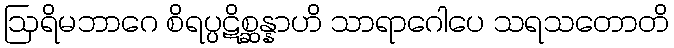
ဩရိမဘာဂေ စိရပ္ပဋိစ္ဆန္နာဟိ သာရာဂေါပေ သရသတောတိ